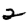
Digit: 2